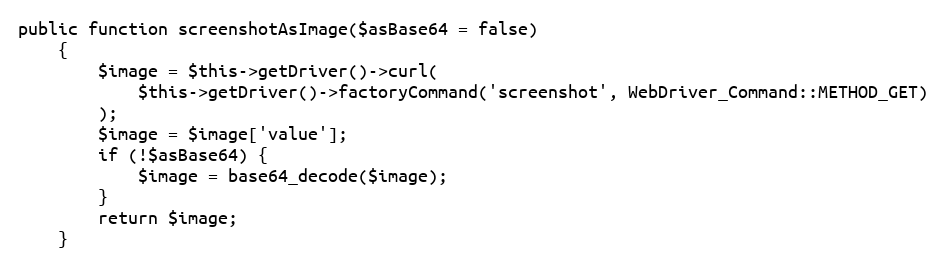
Language: PHP
public function screenshotAsImage($asBase64 = false)
    {
        $image = $this->getDriver()->curl(
            $this->getDriver()->factoryCommand('screenshot', WebDriver_Command::METHOD_GET)
        );
        $image = $image['value'];
        if (!$asBase64) {
            $image = base64_decode($image);
        }
        return $image;
    }